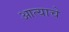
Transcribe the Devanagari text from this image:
आत्याचे